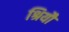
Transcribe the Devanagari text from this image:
श्रियौ